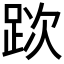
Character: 𨀥